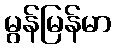
မွန်မြန်မာ